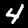
Digit: 4